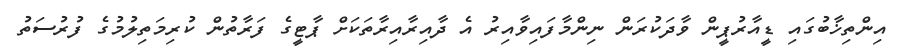
އިންތިޚާބުގައި ޑީއާރުޕީން ވާދަކުރަން ނިންމާފައިވާއިރު އެ ދާއިރާއިރާތަކަށް ޕާޓީގެ ފަރާތުން ކުރިމަތިލުމުގެ ފުރުސަތު